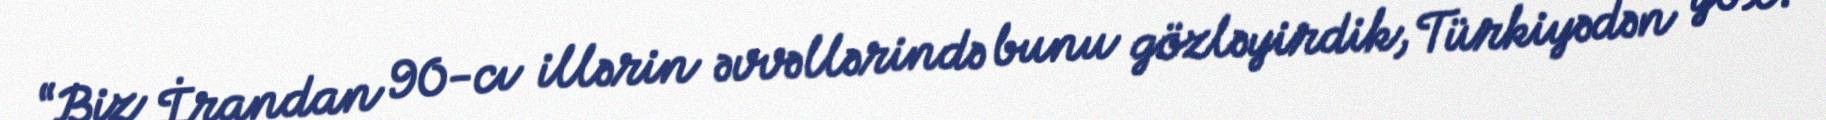
“Biz İrandan 90-cı illərin əvvəllərində bunu gözləyirdik, Türkiyədən yox.